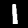
Label: 1